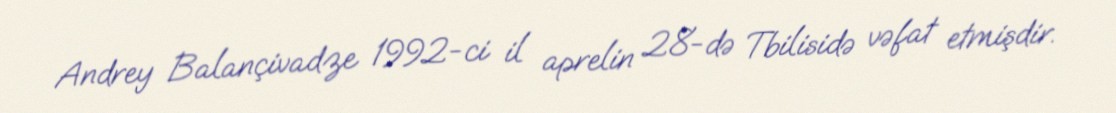
Andrey Balançivadze 1992-ci il aprelin 28-də Tbilisidə vəfat etmişdir.